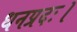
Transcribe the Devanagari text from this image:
धनप्रदः।